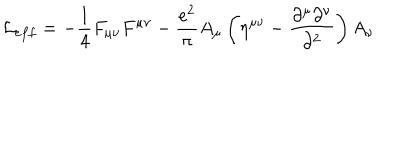
LaTeX: { \cal L } _ { e f f } = - { \frac { 1 } { 4 } } F _ { \mu \nu } F ^ { \mu \nu } - { \frac { e ^ { 2 } } { \pi } } A _ { \mu } \left( \eta ^ { \mu \nu } - { \frac { \partial ^ { \mu } \partial ^ { \nu } } { \partial ^ { 2 } } } \right) A _ { \nu }